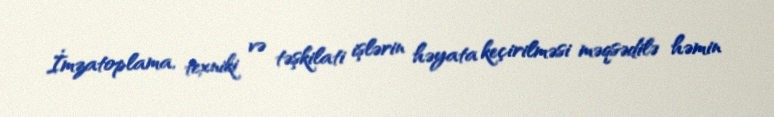
İmzatoplama, texniki və təşkilati işlərin həyata keçirilməsi məqsədilə həmin